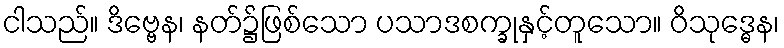
ငါသည်။ ဒိဗ္ဗေန၊ နတ်၌ဖြစ်သော ပသာဒစက္ခုနှင့်တူသော။ ဝိသုဒ္ဓေန၊